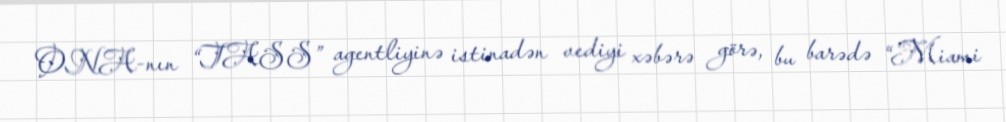
ONA-nın “TASS” agentliyinə istinadən vediyi xəbərə görə, bu barədə “Miami